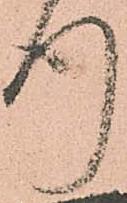
行